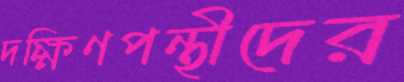
দক্ষিণপন্থীদের